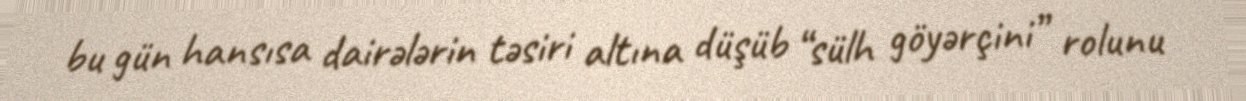
bu gün hansısa dairələrin təsiri altına düşüb “sülh göyərçini” rolunu